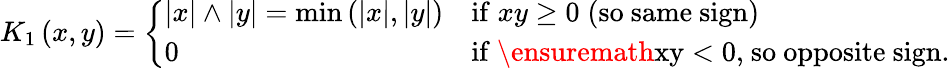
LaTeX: K_{1}\left(x,y\right)=\left\{ \begin{array}{ll}{\left|x\right|\wedge\left|y\right|=\operatorname*{min}\left(\left|x\right|,\left|y\right|\right)}&{\mathrm{if}\; xy\geq 0\; \mathrm{(so~same~sign)}}\\ {0}&{\mathrm{if~\ensuremath{xy<0,}~so~opposite~sign.}}\end{array}\right.